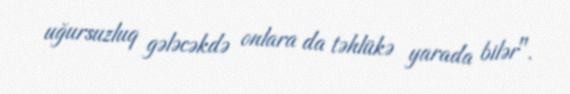
uğursuzluq gələcəkdə onlara da təhlükə yarada bilər".